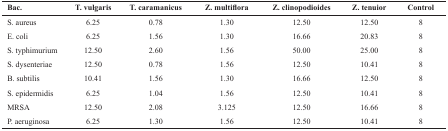
<table><thead><tr><td><b>Bac.</b></td><td><b>T. vulgaris</b></td><td><b>T. caramanicus</b></td><td><b>Z. multiflora</b></td><td><b>Z. clinopodioides</b></td><td><b>Z. tenuior</b></td><td><b>Control</b></td></tr></thead><tbody><tr><td>S. aureus</td><td>6.25</td><td>0.78</td><td>1.30</td><td>12.50</td><td>12.50</td><td>8</td></tr><tr><td>E. coli</td><td>6.25</td><td>1.56</td><td>1.30</td><td>16.66</td><td>20.83</td><td>8</td></tr><tr><td>S. typhimurium</td><td>12.50</td><td>2.60</td><td>1.56</td><td>50.00</td><td>25.00</td><td>8</td></tr><tr><td>S. dysenteriae</td><td>12.50</td><td>0.78</td><td>1.56</td><td>12.50</td><td>10.41</td><td>8</td></tr><tr><td>B. subtilis</td><td>10.41</td><td>1.56</td><td>1.30</td><td>16.66</td><td>12.50</td><td>8</td></tr><tr><td>S. epidermidis</td><td>6.25</td><td>1.04</td><td>1.56</td><td>12.50</td><td>10.41</td><td>8</td></tr><tr><td>MRSA</td><td>12.50</td><td>2.08</td><td>3.125</td><td>12.50</td><td>16.66</td><td>8</td></tr><tr><td>P. aeruginosa</td><td>6.25</td><td>1.30</td><td>1.56</td><td>12.50</td><td>10.41</td><td>8</td></tr></tbody></table>